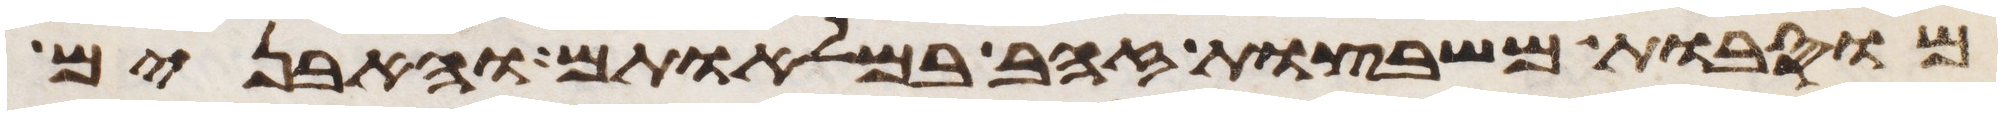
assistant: מוסבות משבצות זהב במלאותם והאבנים